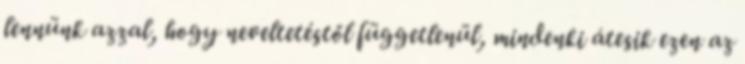
lennünk azzal, hogy neveltetéstől függetlenül, mindenki átesik ezen az